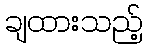
ချထားသည့်